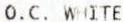
O.C. WHITE